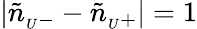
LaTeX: |\tilde{n}_{{}_{U}-}-\tilde{n}_{{}_{U}+}|=1